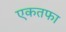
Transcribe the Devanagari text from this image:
एकतफा